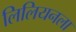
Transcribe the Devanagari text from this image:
लिलियनला